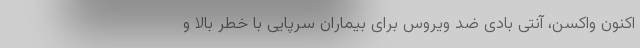
اکنون واکسن، آنتی بادی ضد ویروس برای بیماران سرپایی با خطر بالا و